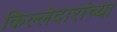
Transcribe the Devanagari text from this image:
किल्लेदारांच्या